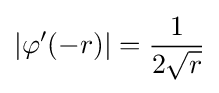
|\varphi '(-r)|={\frac {1}{2{\sqrt {r}}}}